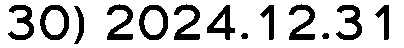
30) 2024.12.31